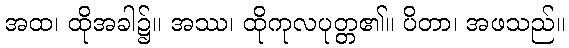
အထ၊ ထိုအခါ၌။ အဿ၊ ထိုကုလပုတ္တ၏။ ပိတာ၊ အဖသည်။